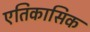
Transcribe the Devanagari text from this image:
एतिकासिक